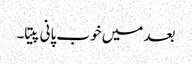
بعد میں خوب پانی پیتا۔